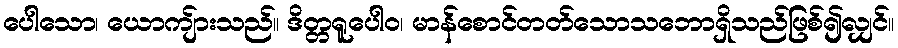
ပေါသော၊ ယောကျ်ားသည်။ ဒိတ္တရူပေါဝ၊ မာန်စောင်တတ်သောသဘောရှိသည်ဖြစ်၍လျှင်။